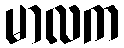
မာလက